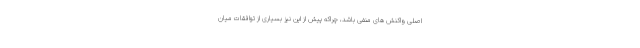
اصلی واکنش های منفی باشد، چراکه پیش از این نیز بسیاری از توافقات میان